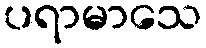
ပရာမာသေ